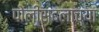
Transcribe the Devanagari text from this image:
पोलीसदलाच्या